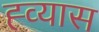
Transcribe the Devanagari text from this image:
ह्व्यास